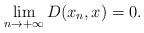
LaTeX: \begin{align*}\lim_{n\to +\infty}D(x_n,x)=0.\end{align*}